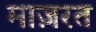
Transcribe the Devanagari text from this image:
माज़रत